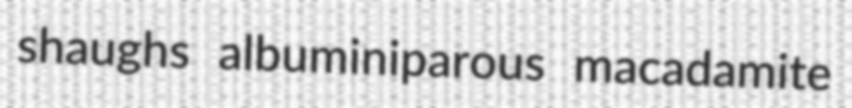
shaughs albuminiparous macadamite